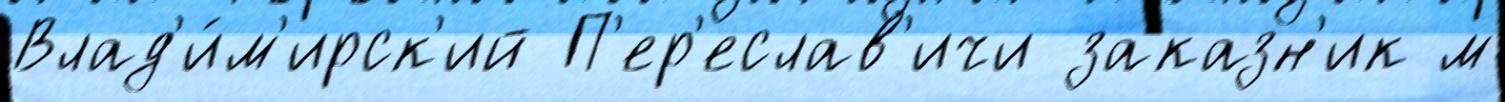
Влад'и́м'ирск'ий П'ер'еслав'ичи заказн'ик м